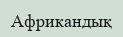
Африкандық